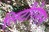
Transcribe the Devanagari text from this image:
लिटीगेशन